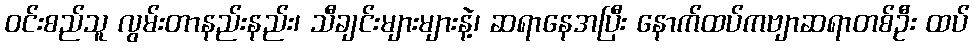
ဝင်းစည်သူ လွမ်းတာနည်းနည်း၊ သီချင်းများများနဲ့၊ ဆရာနေအပြီး နောက်ထပ်ကဗျာဆရာတစ်ဦး ထပ်